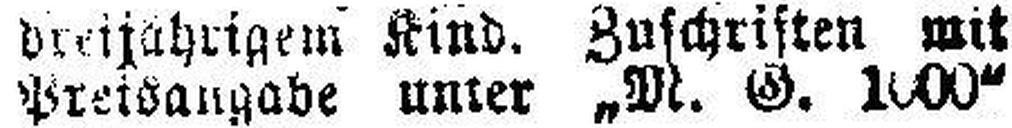
Preisangabe unter „M. G. 1000“